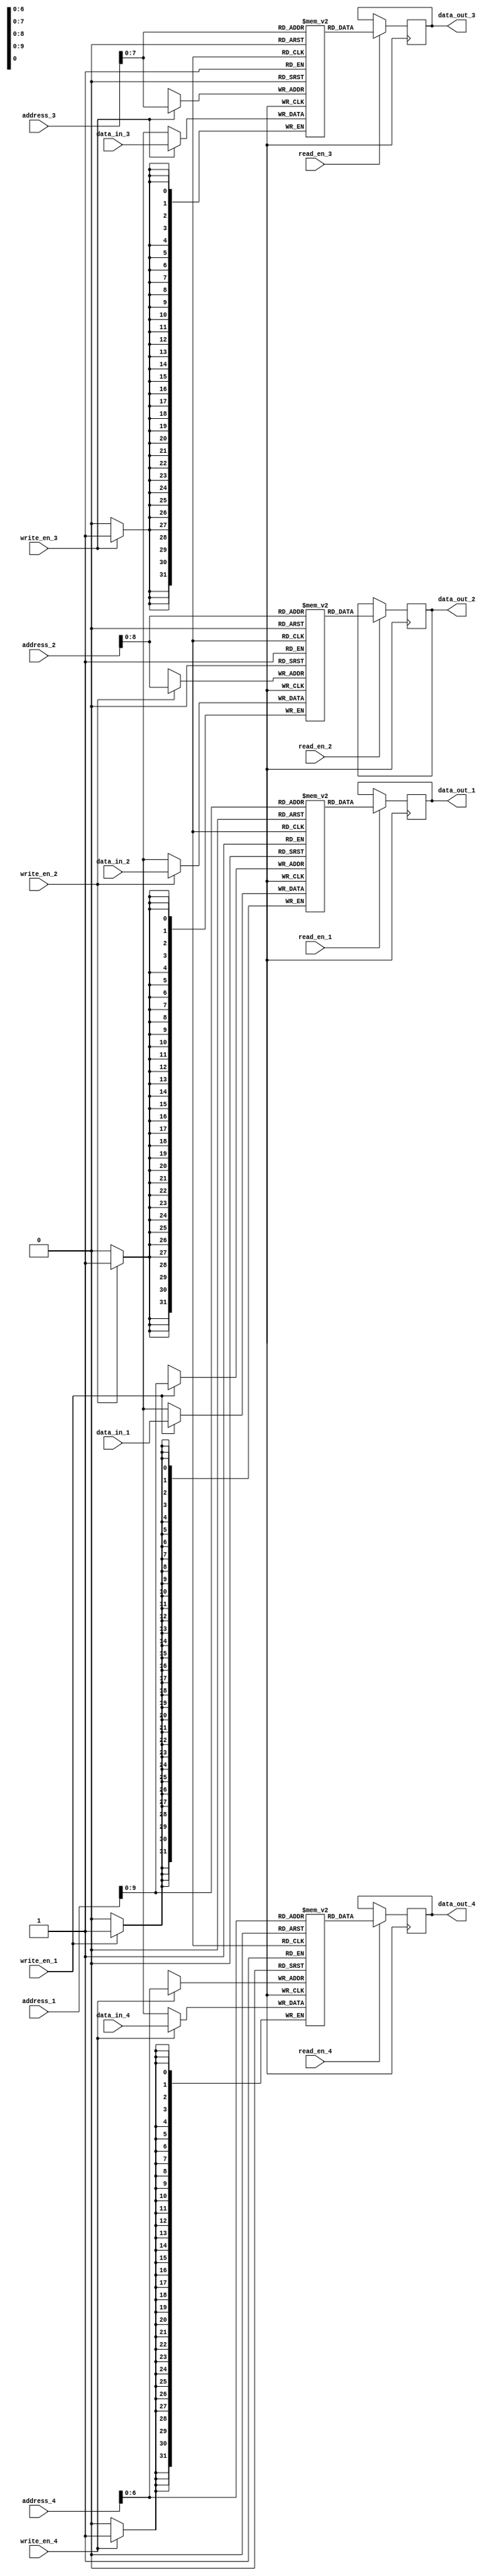
module Memory_QuadPort_Register_File (
    input [31:0] address_1,
    input [31:0] data_in_1,
    input write_en_1,
    input read_en_1,
    output reg [31:0] data_out_1,
    
    input [31:0] address_2,
    input [31:0] data_in_2,
    input write_en_2,
    input read_en_2,
    output reg [31:0] data_out_2,
    
    input [31:0] address_3,
    input [31:0] data_in_3,
    input write_en_3,
    input read_en_3,
    output reg [31:0] data_out_3,
    
    input [31:0] address_4,
    input [31:0] data_in_4,
    input write_en_4,
    input read_en_4,
    output reg [31:0] data_out_4
);

reg [31:0] mem_block_1 [0:1023];
reg [31:0] mem_block_2 [0:511];
reg [31:0] mem_block_3 [0:255];
reg [31:0] mem_block_4 [0:127];

always @ (posedge clock) begin
    if (write_en_1) begin
        mem_block_1[address_1] <= data_in_1;
    end
    if (read_en_1) begin
        data_out_1 <= mem_block_1[address_1];
    end
    
    if (write_en_2) begin
        mem_block_2[address_2] <= data_in_2;
    end
    if (read_en_2) begin
        data_out_2 <= mem_block_2[address_2];
    end
    
    if (write_en_3) begin
        mem_block_3[address_3] <= data_in_3;
    end
    if (read_en_3) begin
        data_out_3 <= mem_block_3[address_3];
    end
    
    if (write_en_4) begin
        mem_block_4[address_4] <= data_in_4;
    end
    if (read_en_4) begin
        data_out_4 <= mem_block_4[address_4];
    end
end

endmodule